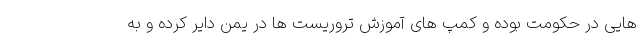
هایی در حکومت بوده و کمپ های آموزش تروریست ها در یمن دایر کرده و به